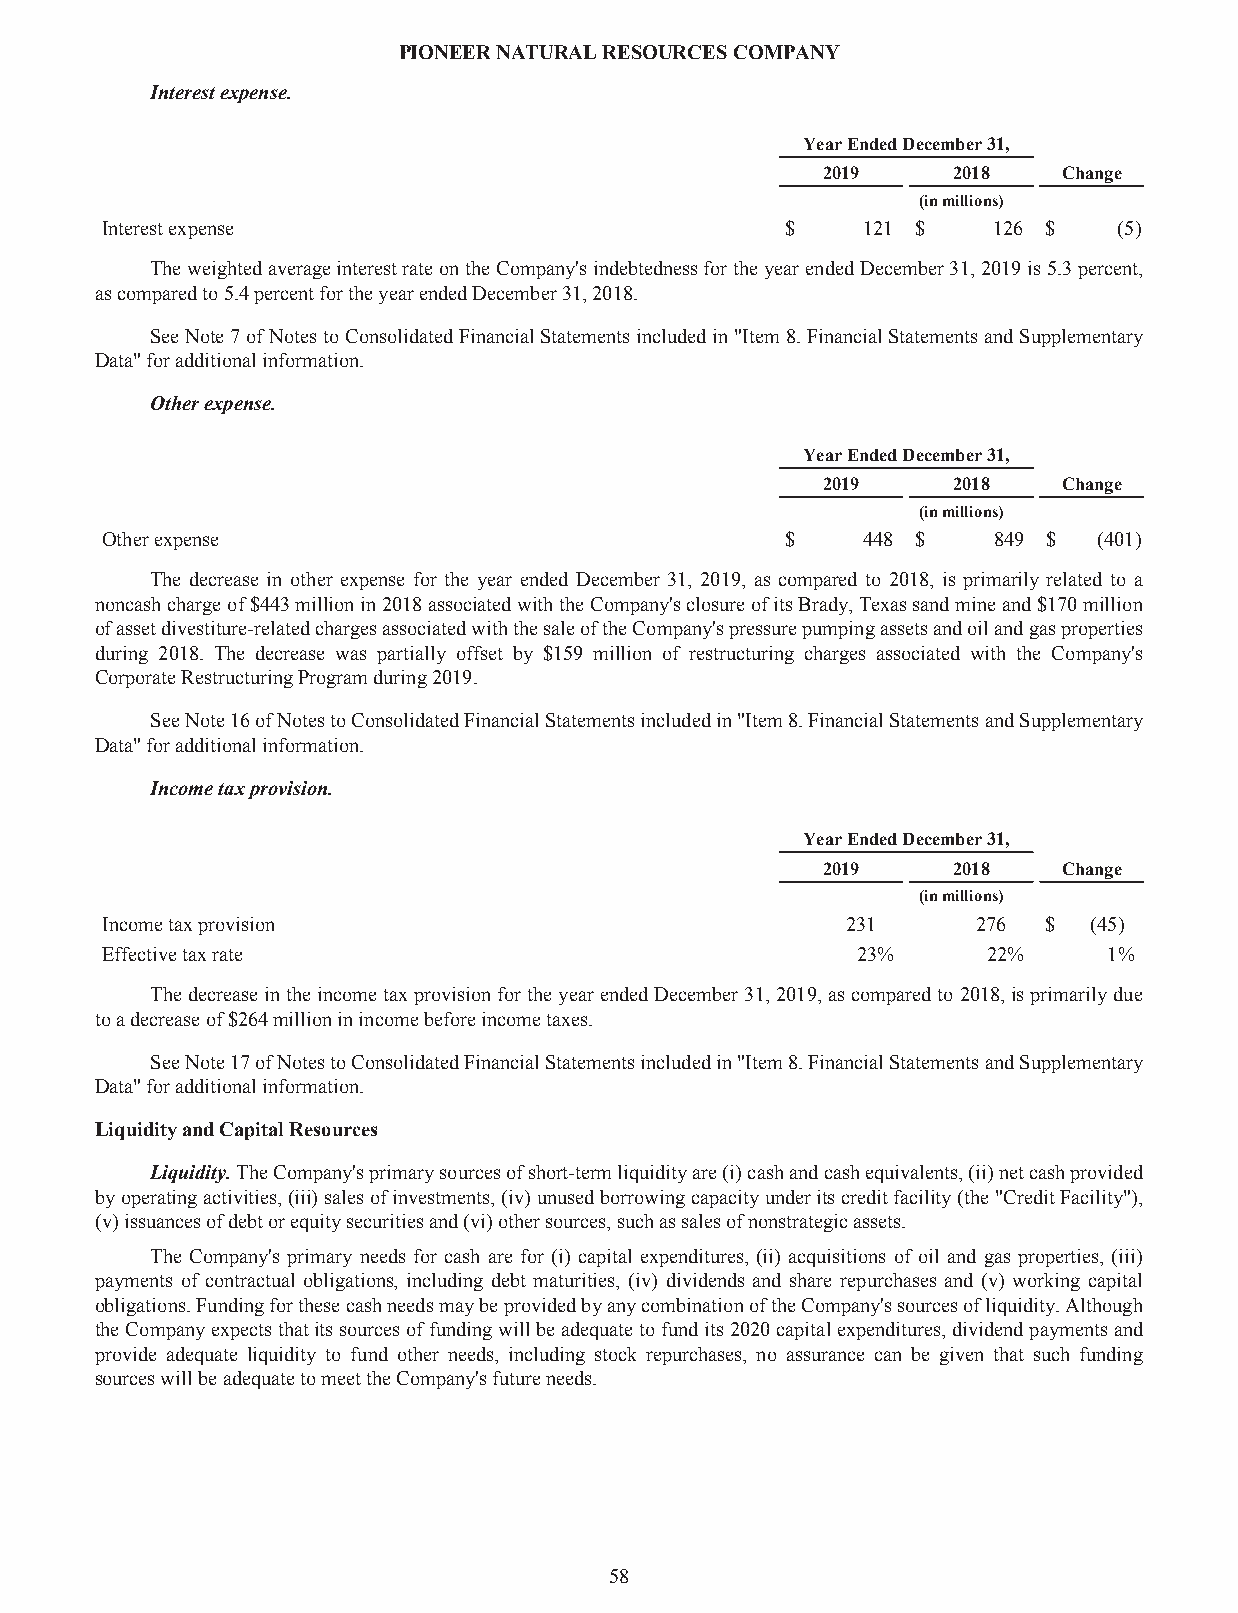
PIONEERNATURALRESOURCESCOMPANY
 Interestexpense.
 YearEndedDecember31,
 2019     2018   Change
 (inmillions)
 Interestexpense                              $    121 $    126 $   (5)
 TheweightedaverageinterestrateontheCompany'sindebtednessfortheyearendedDecember31,2019is5.3percent,
 ascomparedto5.4percentfortheyearendedDecember31,2018.
 SeeNote7ofNotestoConsolidatedFinancialStatementsincludedin"Item8.FinancialStatementsandSupplementary
 Data"foradditionalinformation.
 Otherexpense.
 YearEndedDecember31,
 2019     2018   Change
 (inmillions)
 Otherexpense                                 $    448 $    849 $  (401)
 The decrease in other expense for the year ended December 31, 2019, as compared to 2018, is primarily related to a
 noncashchargeof$443millionin2018associatedwiththeCompany'sclosureofitsBrady,Texassandmineand$170million
 ofassetdivestiture-relatedchargesassociatedwiththesaleoftheCompany'spressurepumpingassetsandoilandgasproperties
 during 2018. The decrease was partially offset by $159 million of restructuring charges associated with the Company's
 CorporateRestructuringProgramduring2019.
 SeeNote16ofNotestoConsolidatedFinancialStatementsincludedin"Item8.FinancialStatementsandSupplementary
 Data"foradditionalinformation.
 Incometaxprovision.
 YearEndedDecember31,
 2019     2018   Change
 (inmillions)
 Incometaxprovision                               231      276 $  (45)
 Effectivetaxrate                                  23%     22%     1%
 ThedecreaseintheincometaxprovisionfortheyearendedDecember31,2019,ascomparedto2018,isprimarilydue
 toadecreaseof$264millioninincomebeforeincometaxes.
 SeeNote17ofNotestoConsolidatedFinancialStatementsincludedin"Item8.FinancialStatementsandSupplementary
 Data"foradditionalinformation.
 LiquidityandCapitalResources
 Liquidity.TheCompany'sprimarysourcesofshort-termliquidityare(i)cashandcashequivalents,(ii)netcashprovided
 byoperatingactivities,(iii)salesofinvestments,(iv)unusedborrowingcapacityunderitscreditfacility(the"CreditFacility"),
 (v)issuancesofdebtorequitysecuritiesand(vi)othersources,suchassalesofnonstrategicassets.
 The Company's primary needs for cash are for (i) capital expenditures, (ii) acquisitions of oil and gas properties, (iii)
 payments of contractual obligations, including debt maturities, (iv) dividends and share repurchases and (v) working capital
 obligations.FundingforthesecashneedsmaybeprovidedbyanycombinationoftheCompany'ssourcesofliquidity.Although
 theCompanyexpectsthatitssourcesoffundingwillbeadequatetofundits2020capitalexpenditures,dividendpaymentsand
 provide adequate liquidity to fund other needs, including stock repurchases, no assurance can be given that such funding
 sourceswillbeadequatetomeettheCompany'sfutureneeds.
 58